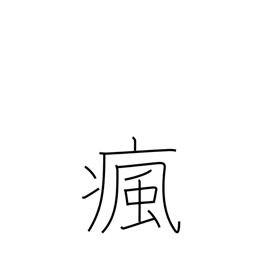
Meaning: headache